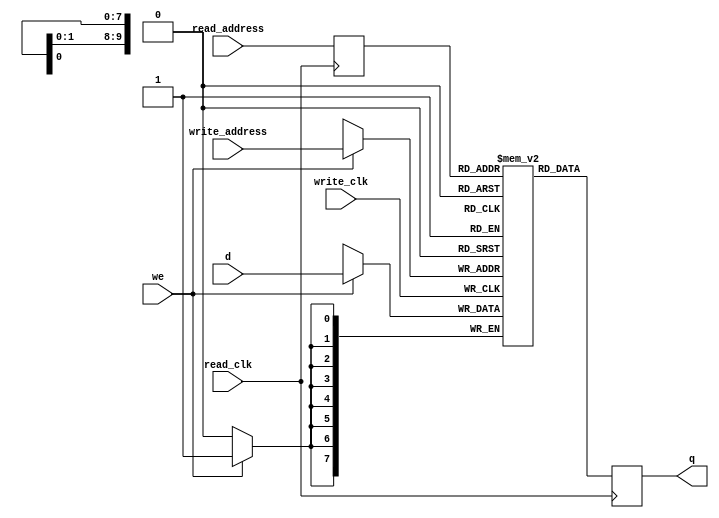

module dual_clk
  #(parameter addr_width = 10,
    parameter data_width = 8)
  (
   input                         write_clk,
   input                         read_clk,
   
   output reg [data_width - 1:0] q,
   input [data_width - 1:0]      d,
   input [addr_width - 1:0]      write_address,
   input [addr_width - 1:0]      read_address,
   input                         we
   );

   reg [addr_width - 1:0]        read_address_reg;

   reg [data_width - 1:0]        mem [0:(1 << addr_width)-1];

   always @(posedge write_clk)
     if (we)
       mem[write_address] <= d;

   always @(posedge read_clk)
     begin
        q <= mem[read_address_reg];
        read_address_reg <= read_address;
     end
endmodule